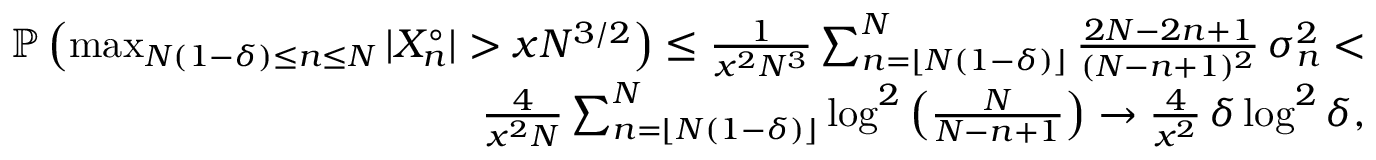
\begin{array} { r } { { \mathbb P } \left( \operatorname* { m a x } _ { N ( 1 - \delta ) \leq n \leq N } | X _ { n } ^ { \circ } | > x N ^ { 3 / 2 } \right) \leq \frac { 1 } { x ^ { 2 } N ^ { 3 } } \sum _ { n = \lfloor N ( 1 - \delta ) \rfloor } ^ { N } \frac { 2 N - 2 n + 1 } { ( N - n + 1 ) ^ { 2 } } \, \sigma _ { n } ^ { 2 } < } \\ { \frac { 4 } { x ^ { 2 } N } \sum _ { n = \lfloor N ( 1 - \delta ) \rfloor } ^ { N } \log ^ { 2 } \left( \frac { N } { N - n + 1 } \right) \to \frac { 4 } { x ^ { 2 } } \, \delta \log ^ { 2 } \delta , } \end{array}